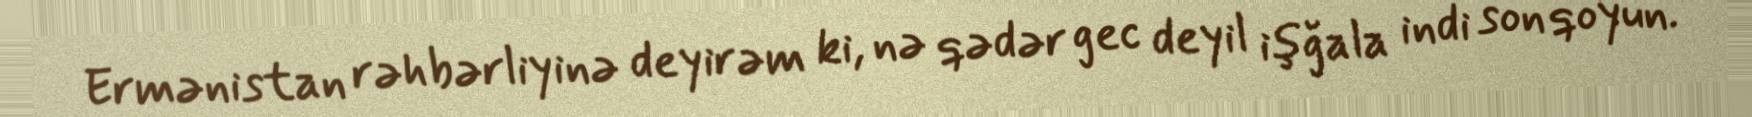
Ermənistan rəhbərliyinə deyirəm ki, nə qədər gec deyil işğala indi son qoyun.